Madras plague regulations and rules for district municipalities and other towns and villages
Disease focus: Plague
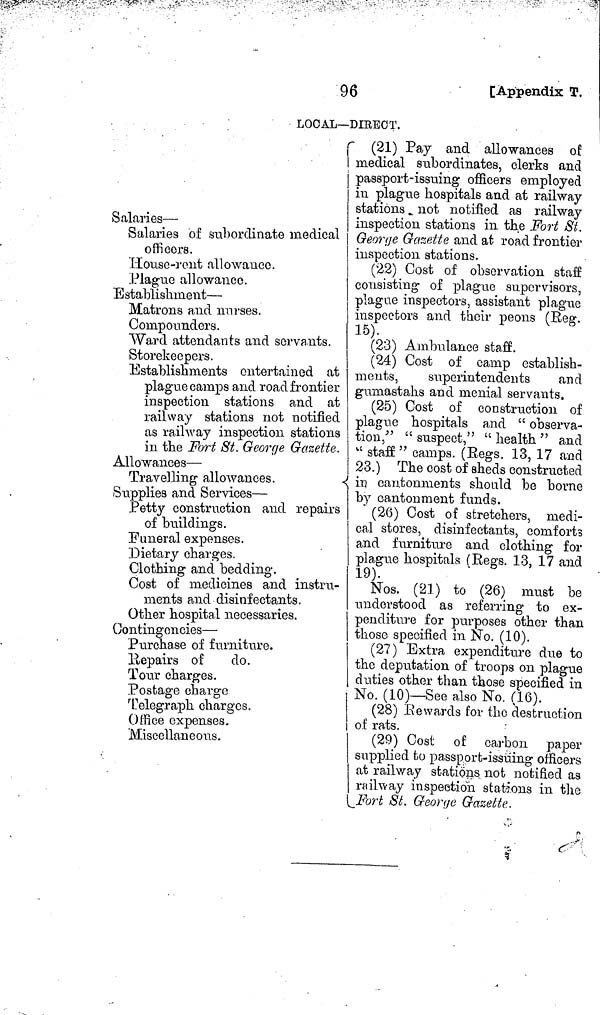
96
[Appendix T.
LOCAL—DIRECT.
Í
!
Salaries —
Salaries of subordinate medical
officers,
House rent allowance.
.Plague allowance.
Establishment —
Matrons and nurses.
Compounders.
Ward attendants and servants.
Storekeepers.
Establishments entertained at
plague camps and road frontier
inspection stations and at
railway stations not notified
as railway inspection stations
in the Fort St. George Gazette.
Allowances —
Travelling allowances.
Supplies and Services —
Petty construction and repairs
of buildings.
Funeral expenses.
"Dietary charges.
Clothing and bedding.
Cost of medicines and instru-
ments and disinfectants.
Other hospital necessaries.
Contingencies —
Purchase of furniture.
Repairs of
do.
Tour charges.
Postage charge
Telegraph charges.
Office expenses.
Miscellaneous.
(21) Pay and allowances of
medical subordinates, clerks and
passport-issuing officers employed
in plague hospitals and at railway
stations . not notified as railway
inspection stations in the Fort St.
George Gazette and at road frontier
inspection stations.
(22) Cost of observation staff
consisting of plague supervisors,
plague inspectors, assistant plague
inspectors and their peons (Beg.
15).
(23) Ambulance staff.
(24) Cost of camp establish-
ments,
superintendents
and
gumastahs and menial servants.
(25) Cost of construction of
plague hospitals and " observa-
tion," "suspect," « health" and
" staff " camps. (Eegs. 13, 17 and
23.) The cost of sheds constructed
in
cantonments should be borne
by cantonment funds.
(26) Cost of stretchers, medi-
cal stores, disinfectants, comforts
and furniture and clothing for
plague hospitals (Eegs. 13, 17 and
19).
Nos. (21) to (26) must be
understood as referring to ex-
penditure for purposes other than
those specified in No. (10).
(27) Extra expenditure due to
the deputation of troops on plague
duties other than those specified in
No. (10)— See also No. (16).
(28) E e wards for the destruction
of rats.
(29) Cost of carbon paper
supplied to passport-issuing officers
at railway stations not notified as
rail-way inspection stations in the
Fort St. George Gazette.